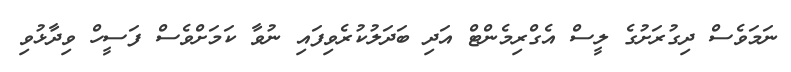
ނަމަވެސް ދިގުރަށުގެ ލީސް އެގްރިމެންޓް އަދި ބަދަލުކުރެވިފައި ނުވާ ކަމަށްވެސް ފަސީހް ވިދާޅުވި